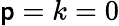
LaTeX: \mathsf{p}=k=0